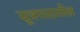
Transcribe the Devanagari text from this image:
सूत्रपाठातील